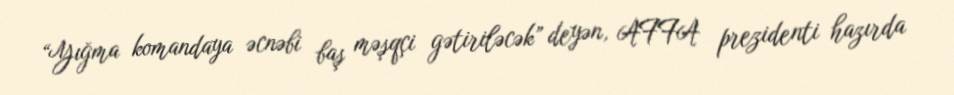
“Yığma komandaya əcnəbi baş məşqçi gətiriləcək” deyən, AFFA prezidenti hazırda